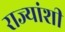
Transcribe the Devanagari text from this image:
राज्‍यांशी